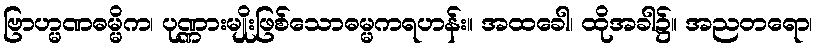
ဗြာဟ္မဏဓမ္မိက၊ ပုဏ္ဏားမျိုးဖြစ်သောဓမ္မကရဟန်း။ အထခေါ၊ ထိုအခါ၌။ အညတရော၊